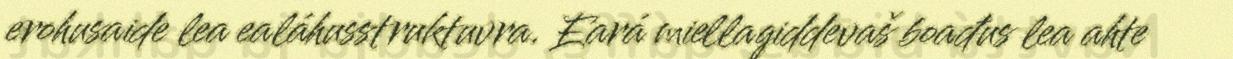
erohusaide lea ealáhusstruktuvra. Eará miellagiddevaš boađus lea ahte